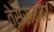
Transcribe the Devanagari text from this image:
तेसंस्कार